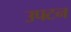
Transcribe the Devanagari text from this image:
उपटन